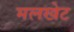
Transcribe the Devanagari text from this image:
मलखेट